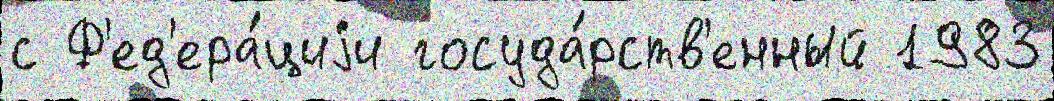
с Ф'ед'ера́циjи госуда́рств'енный 1983